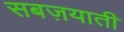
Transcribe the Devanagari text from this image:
सबज़याती